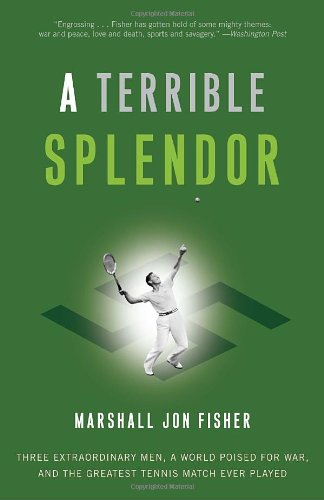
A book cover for A Terrible Splendor: Three Extraordinary Men, a World Poised for War, and the Greatest Tennis Match Ever Played; Marshall Jon Fisher; Sports & Outdoors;